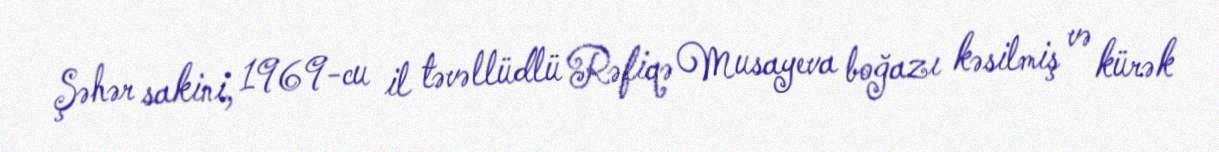
Şəhər sakini, 1969-cu il təvəllüdlü Rəfiqə Musayeva boğazı kəsilmiş və kürək